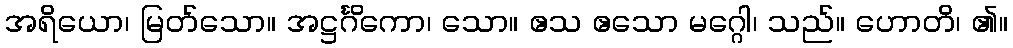
အရိယော၊ မြတ်သော။ အဋ္ဌင်္ဂိကော၊ သော။ ဧသ ဧသော မဂ္ဂေါ၊ သည်။ ဟောတိ၊ ၏။